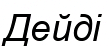
Дейді